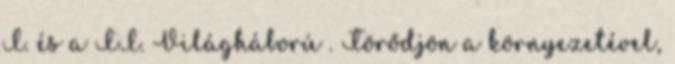
I. és a II. Világháború . Törődjön a környezetével,